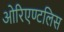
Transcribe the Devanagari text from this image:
ओरिएण्टलिस